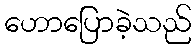
ဟောပြောခဲ့သည်